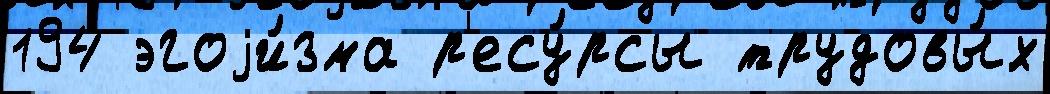
194 эгоjи́зма р'есу́рсы трудовы́х